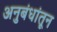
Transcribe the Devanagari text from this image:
अनुबंधांतून